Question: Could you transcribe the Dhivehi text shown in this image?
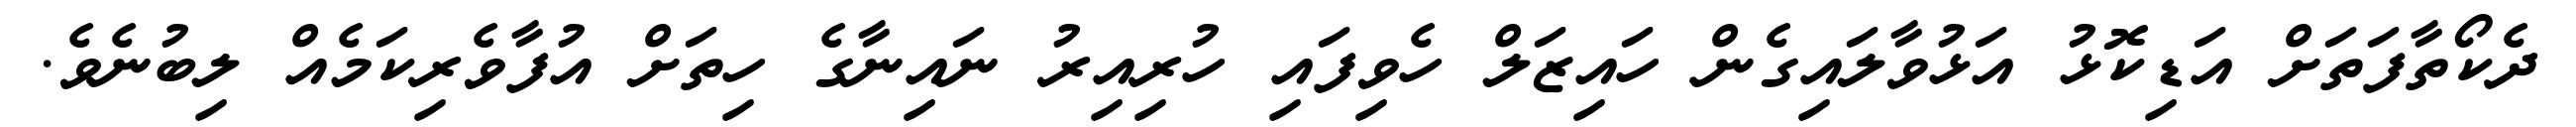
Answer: ދެކޯތާފަތަށް އަޑިކޮޅު އަޅުވާލައިގެން ހައިޒަލް ހެވިފައި ހުރިއިރު ނައިނާގެ ހިތަށް އުފާވެރިކަމެއް ލިބުނެވެ.